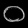
Digit: ၀